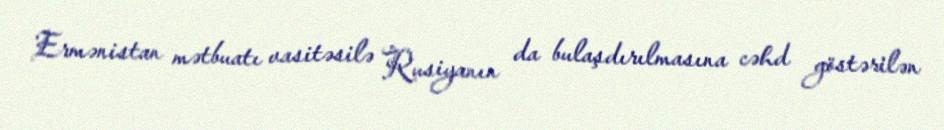
Ermənistan mətbuatı vasitəsilə Rusiyanın da bulaşdırılmasına cəhd göstərilən